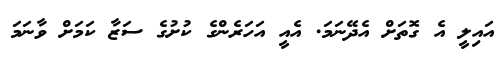
އައިލީ އެ ގޮތަށް އެދޭނަމަ. އެއީ އަހަރެންގެ ކުށުގެ ސަޒާ ކަމަށް ވާނަމަ